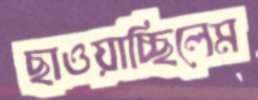
ছাওয়াচ্ছিলেম